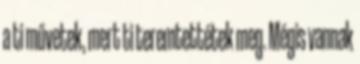
a ti művetek, mert ti teremtettétek meg. Mégis vannak